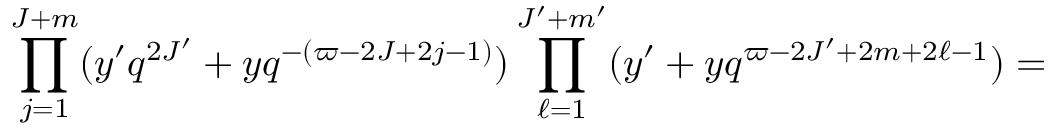
\prod _ { j = 1 } ^ { J + m } ( y ^ { \prime } q ^ { 2 J ^ { \prime } } + y q ^ { - ( \varpi - 2 J + 2 j - 1 ) } ) \prod _ { \ell = 1 } ^ { J ^ { \prime } + m ^ { \prime } } ( y ^ { \prime } + y q ^ { \varpi - 2 J ^ { \prime } + 2 m + 2 \ell - 1 } ) =